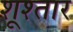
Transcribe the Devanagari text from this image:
शूश्तार